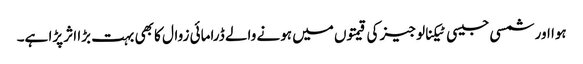
ہوا اور شمسی جیسی ٹیکنالوجیز کی قیمتوں میں ہونے والے ڈرامائی زوال کا بھی بہت بڑا اثر پڑا ہے۔